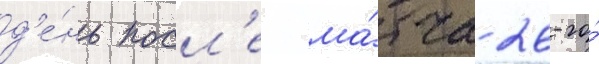
д'е́нь посл'е ма́тча 26-го́